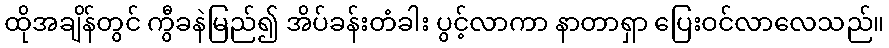
ထိုအချိန်တွင် ကွီခနဲမြည်၍ အိပ်ခန်းတံခါး ပွင့်လာကာ နာတာရှာ ပြေးဝင်လာလေသည်။